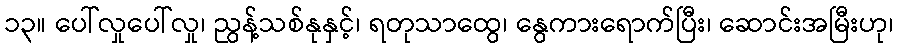
၁၃။ ပေါ်လှုပေါ်လှု၊ ညွန့်သစ်နုနှင့်၊ ရတုသာထွေ၊ နွေကားရောက်ပြီး၊ ဆောင်းအမြီးဟု၊